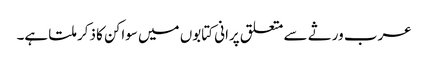
عرب ورثے سے متعلق پرانی کتابوں میں سواکن کا ذکر ملتا ہے۔